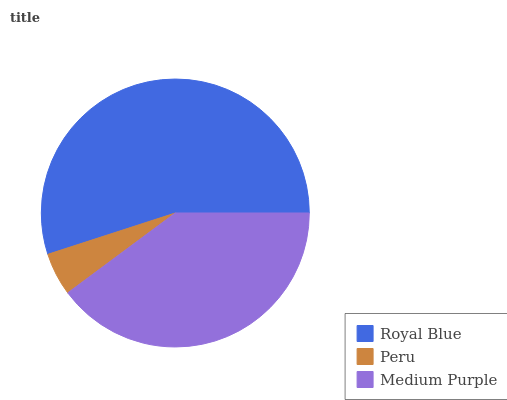
| Royal Blue | Peru | Medium Purple |
 | --- | --- | --- |
 | 55% | 5.19% | 39.8% |